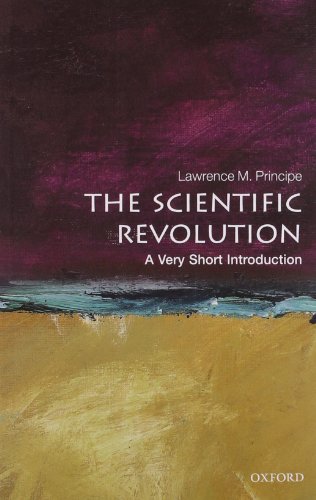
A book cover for Scientific Revolution: A Very Short Introduction; Lawrence M. Principe; Reference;